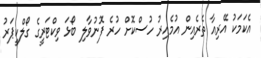
އެކަމަކު އޭރިއާ ތެރެއިން އުމެއިރު ހުސްކޮށް ހުރެ ފޮނުވާލި ބޯޅަ ވިކްޓަރީގެ ގޯލްކީޕަރު